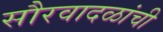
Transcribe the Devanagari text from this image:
सौरवादळांची